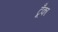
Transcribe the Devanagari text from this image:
टूँका